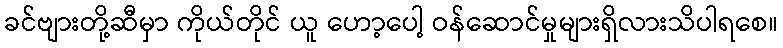
ခင်ဗျားတို့ဆီမှာ ကိုယ်တိုင် ယူ ဟော့ပေါ့ ဝန်ဆောင်မှုများရှိလားသိပါရစေ။